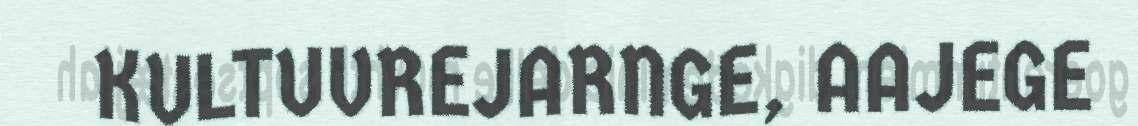
KULTUVREJARNGE, AAJEGE